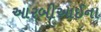
આરબીઆઈના